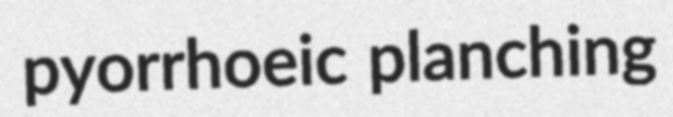
pyorrhoeic planching